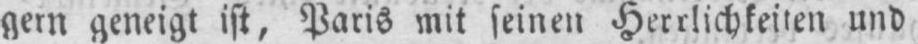
gern geneigt ist, Paris mit seinen Herrlichkeiten und